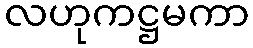
လဟုကဋ္ဌမကာ